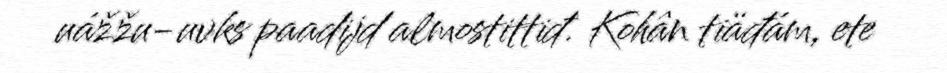
uážžu-uvks paadijd almostittiđ. Kohân tiäđám, ete